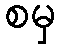
စမှ